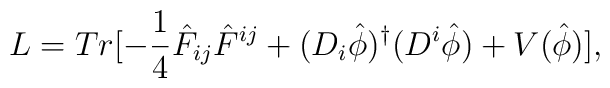
L = Tr[ - \frac{1}{4} {\hat F}_{ij} {\hat F}^{ij} + (D_i {\hat \phi})^\dagger                                                     (D^i {\hat \phi}) + V                                                     (\hat \phi)],